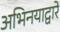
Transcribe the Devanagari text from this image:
अभिनयाद्वारे